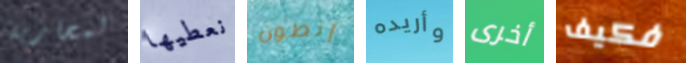
لمحاربة نعطيها أنطون وأريده أخرى فكيف